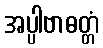
အပ္ပါဗာဓတ္တံ